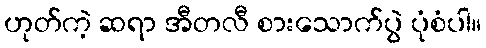
ဟုတ်ကဲ့ ဆရာ အီတလီ စားသောက်ပွဲ ပုံစံပါ။